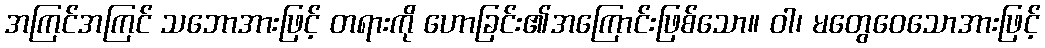
အကြင်အကြင် သဘောအားဖြင့် တရားကို ဟောခြင်း၏အကြောင်းဖြစ်သော။ ဝါ၊ မတွေဝေသောအားဖြင့်